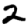
Digit: 2